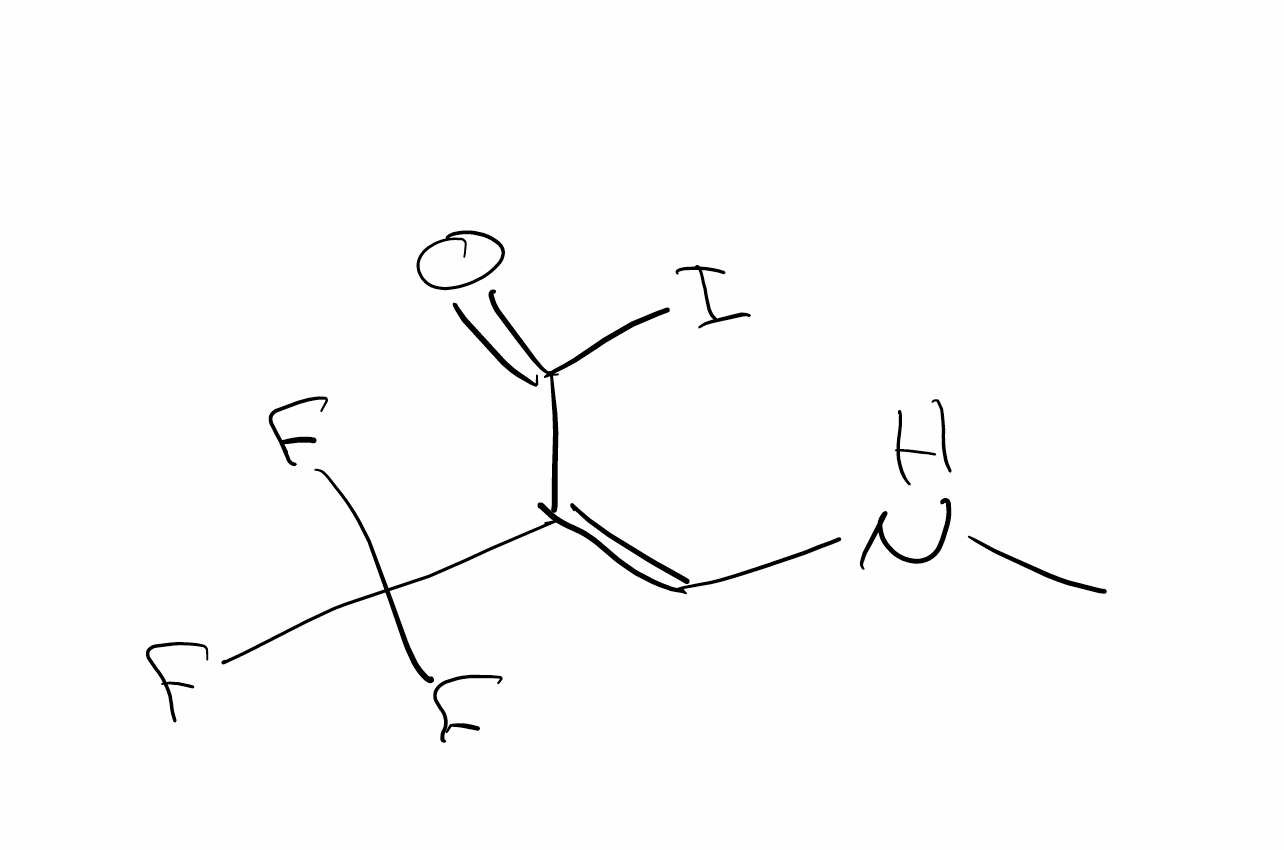
Simplified molecular-input line-entry system (SMILES) notation of the given molecule:
CN/C=C(\C(=O)I)/C(F)(F)F